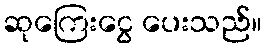
ဆုကြေးငွေ ပေးသည်။